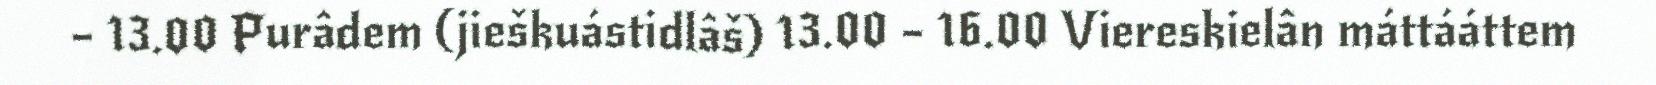
– 13.00 Purâdem (jieškuástidlâš) 13.00 – 16.00 Viereskielân máttááttem